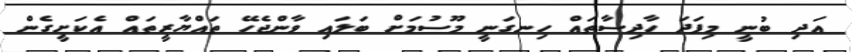
އަދި ބުނީ މިފަދަ ހާދިސާތައް ހިނގަނީ މޫސުމަށް ބަލައި ވާންޖެހޭ ތައްޔާރީތައް އެކަށީގެން